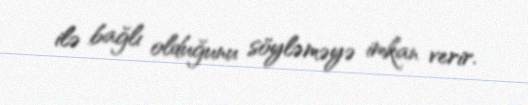
ilə bağlı olduğunu söyləməyə imkan verir.